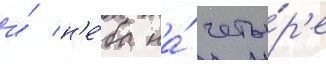
и́ н'е́ба на́ четы́р'е